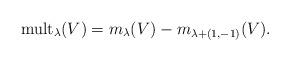
LaTeX: \begin{align*} {\rm mult}_\lambda(V)=m_\lambda(V)-m_{\lambda+(1,-1)}(V).\end{align*}